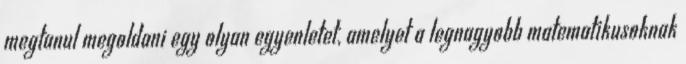
megtanul megoldani egy olyan egyenletet, amelyet a legnagyobb matematikusoknak